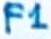
Text: F1